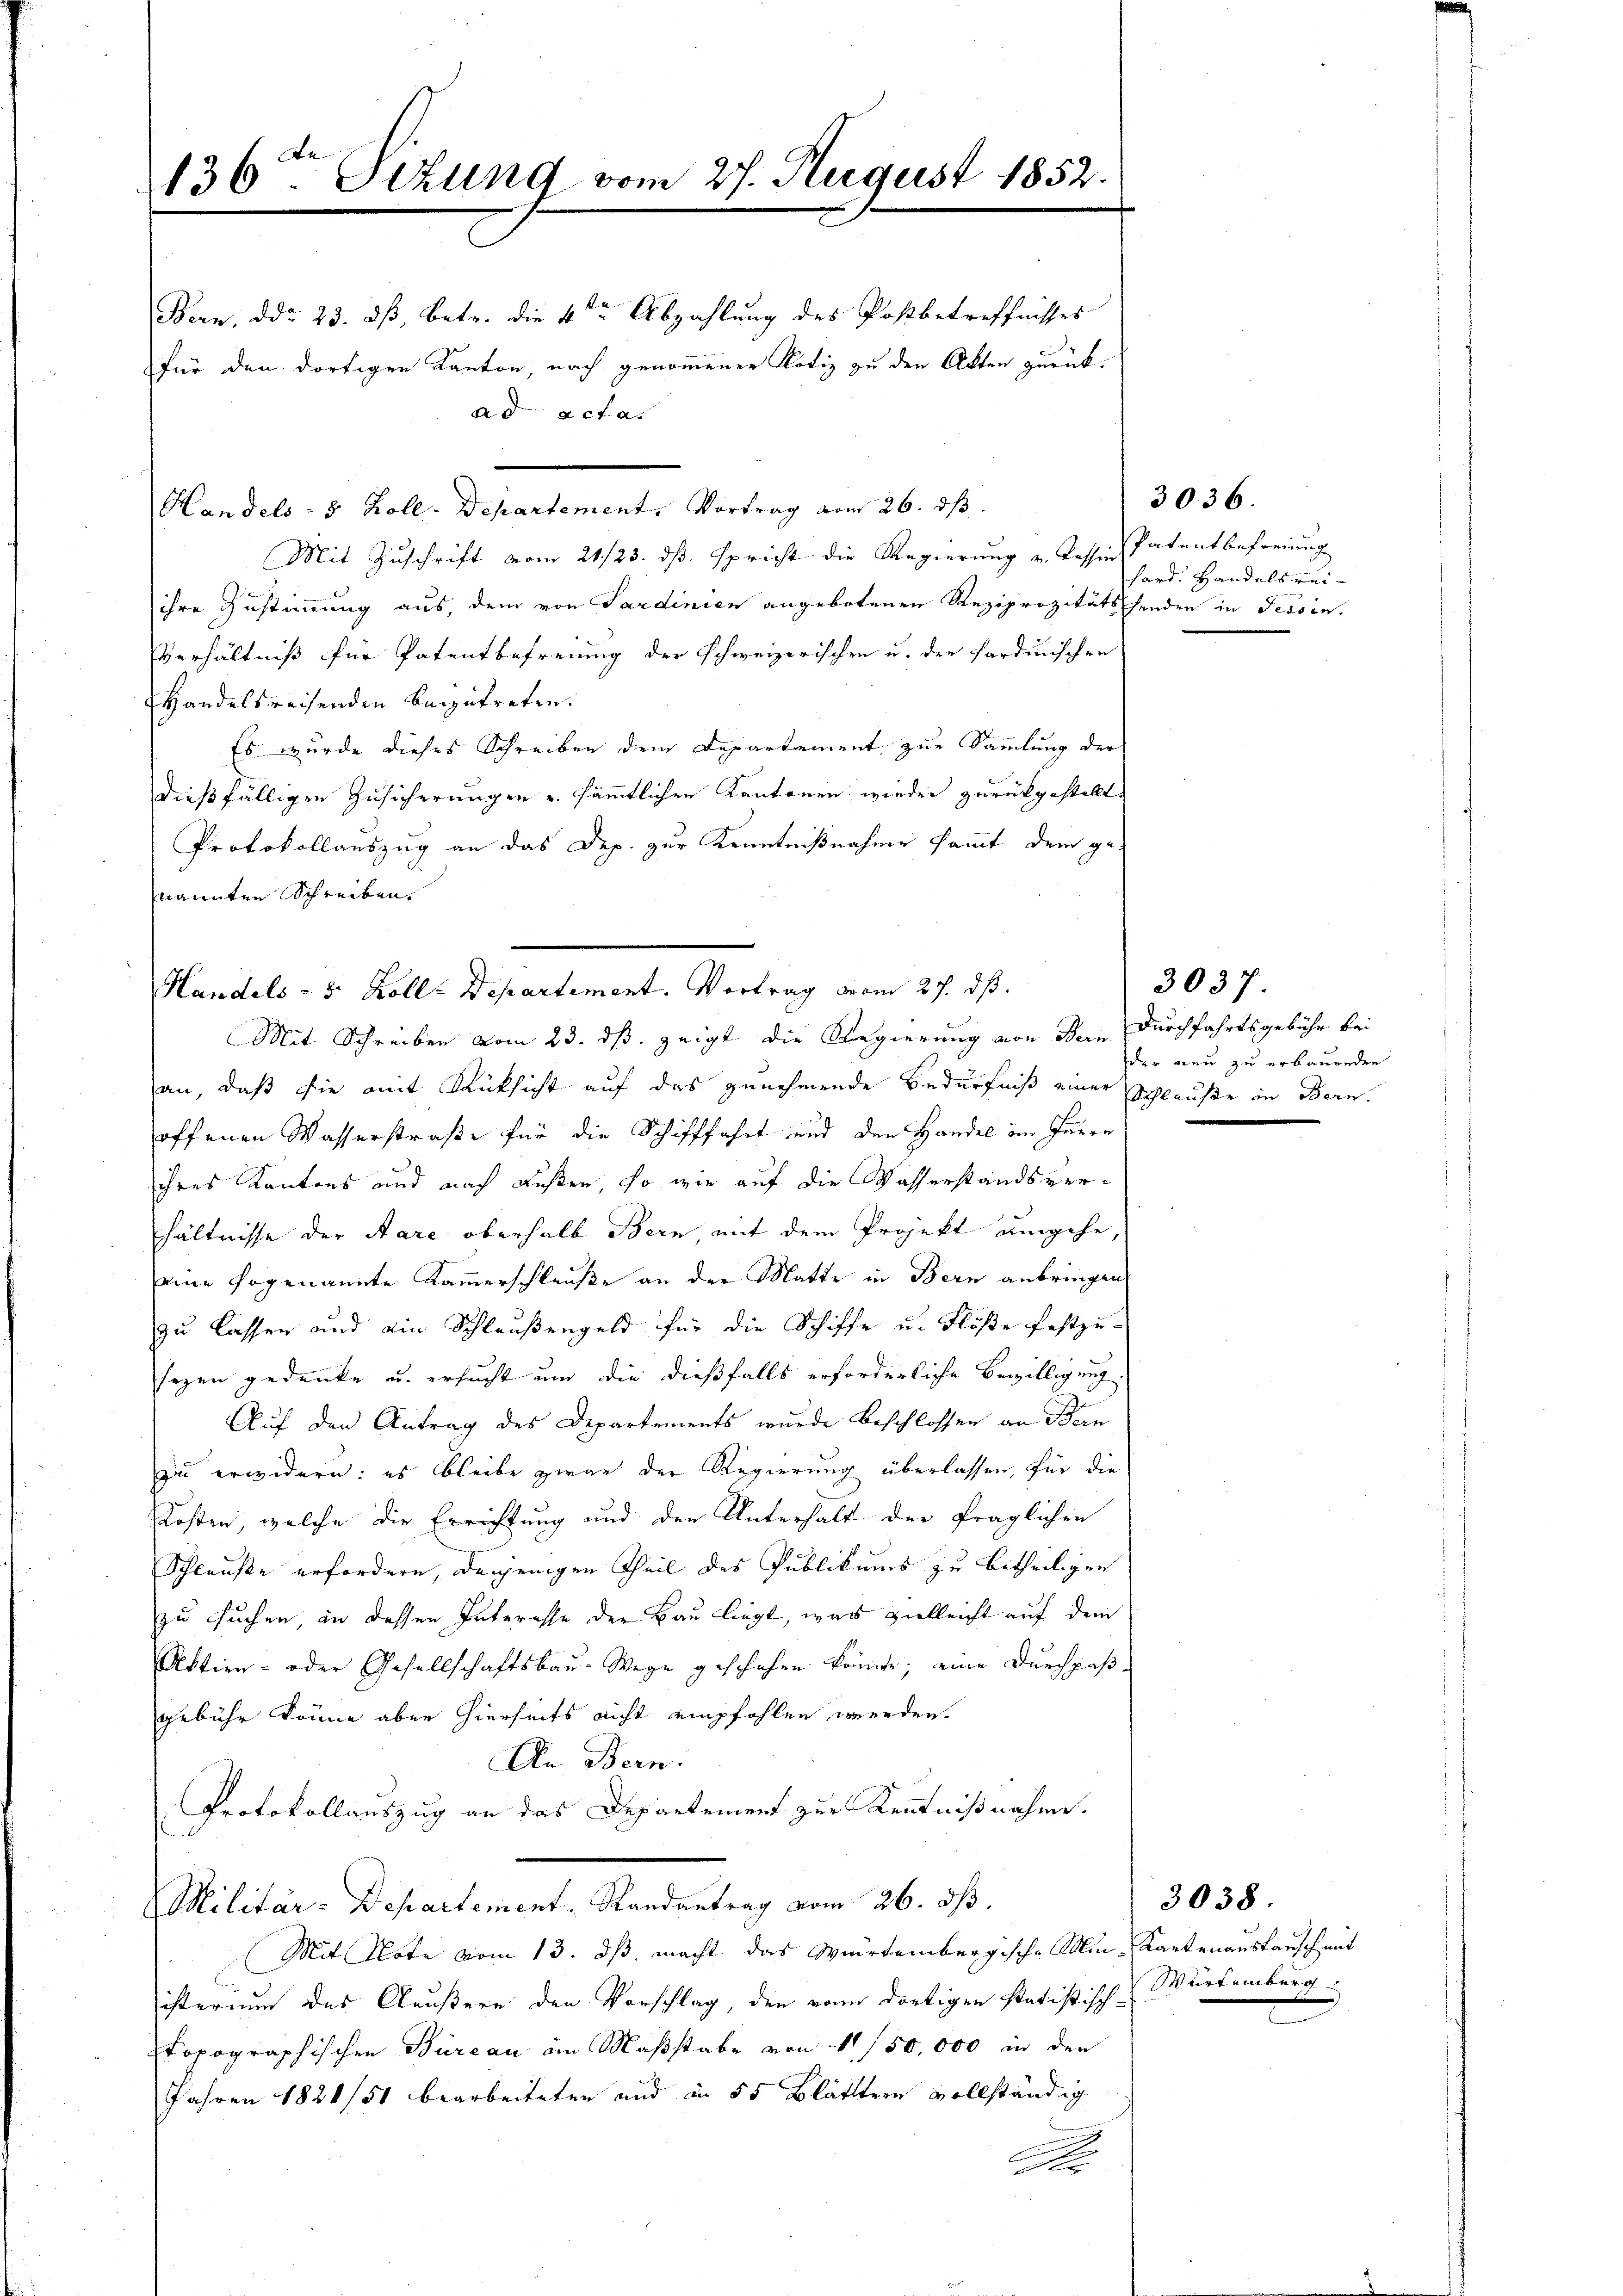
136ten Situng vom 27. August 1852

Bern, ddo 23. dß, betr. die 4ten Abzahlung des Postbetreffnisses
für den dortigen Kanton, nach genommener Notiz zu den Akten zurückad acta.
Mit Zuschrift vom 21./23. ds. spricht die Regierung u. Kassin
ihre Zustimmung aus, dem von Sardinien angebotenen Reziprozitätschenden in Tessin.
Verhältniß für Patentbefreiung der schweizerischen u. der fordinischen
Handelsreisenden beizutreten.
Es wurde dieses Schreiben dem Departement, zur Sammlung der
dießfälligen Zusicherungen u. sämmtlichen Kantonen, wieder zurückgestellt,
Protokollauszug an das Dep. zur Kenntnißnahme kommt dem genannten Schreiben.
Mit Schreiben vom 23. ds. zeigt die Regierung von Bern Durchfahrtsgebühr bei
an, daß sie mit Rücksicht auf das genehmende Bedürfniß einer Schleuße in Bern.
offenen Wasserstraße für die Schifffahrt und den Handel im Innern
ihres Kantons und nach Außen, so wie auf die Wasserstandsver-
hältnisse der Aare oberhalb Bern, mit dem Projekt umgehe,
eine sogenannte Kammerschleuße an der Matte in Bern anbringen
zu lassen und ain Schleußengeld für die Schiffe u. Flöße festzu-
sezen gedenke u. ersucht und die dießfalls erforderliche Bewilligung.
Auf den Antrag des Departements wurde beschlossen an Bern
zu erwidern: es bleibe zwar der Regierung überlassen, für die
Kosten, welche die Errichtung und den Unterhalt der fraglichen
Schleuße erfordern, denjenigen Theil des Publikums zu betheiligen
zu suchen, in dessen Interesse der Bau liegt, was vielleicht auf dem
Aktien- oder Gesellschaftsbau-Wege geschehen könnte; eine Durchpaßgebühr könne aber hierseits nicht empfohlen werden.
An Bern.
Protokollauszug an das Departement zur Kenntnißnahme.
Militär-Departement, Randantrag vom 26. ds.
Mit Note vom 13. ds. macht das Wartembergische Min-Kartenanstausch mit
ister nun das Aeußern den Vorschlag, den von dortigen statistisch-Würtemberg
topographischen Büreau an Maßstabe von 11/50,000 in den
Jahren 1821/51 bearbeiteten und in 55 Blätttern vollständig
A

Handels- 8 Zoll-Departement. Vortrag vom 26. dβ

Handels- 8 Kolle Departement. Vortrag vom 27. ds.

3036.
Patentbefreiung
hard. Handelsrei¬

3037.
der neu zu erbauenden

3038
d